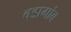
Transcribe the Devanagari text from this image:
बडागांव